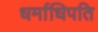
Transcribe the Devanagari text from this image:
धर्माधिपति